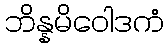
ဘိန္နမိဝေါဒကံ